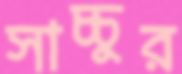
সাচ্চুর